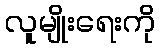
လူမျိုးရေးကို